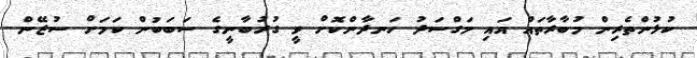
ކުޅުންތެރިން މުބާރާތައް އައި މަގްސަދު ހަނދާންކޮށް ވީ ގުރުބާނީގެ ސަބަބުން ކަމަށް ސުޒޭން